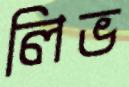
লিভ